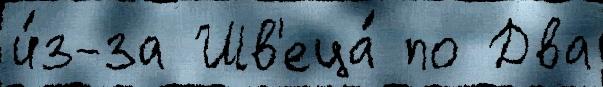
и́з-за Шв'еца́ по Два